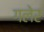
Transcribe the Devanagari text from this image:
गलेर